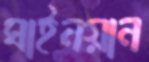
ঘাইনয়ান